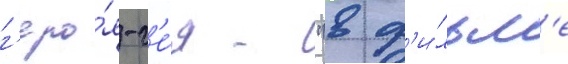
г'еро́я-г'е́я - "в ф'и́льм'е